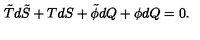
\tilde { T } d \tilde { S } + T d S + \tilde { \phi } d Q + \phi d Q = 0 .